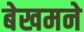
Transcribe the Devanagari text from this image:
बेखमने